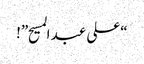
“علی عبد المسیح”!